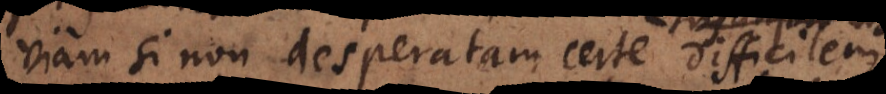
viam si non desperatam certe difficilem